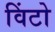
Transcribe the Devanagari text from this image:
विंटो